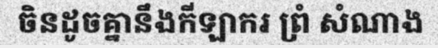
ចិនដូចគ្នានឹងកីឡាករ ព្រំ សំណាង